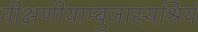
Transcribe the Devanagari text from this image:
वीक्षणीयाम्बुजास्यश्रियं